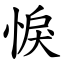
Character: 悷